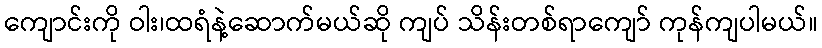
ကျောင်းကို ဝါး၊ထရံနဲ့ဆောက်မယ်ဆို ကျပ် သိန်းတစ်ရာကျော် ကုန်ကျပါမယ်။